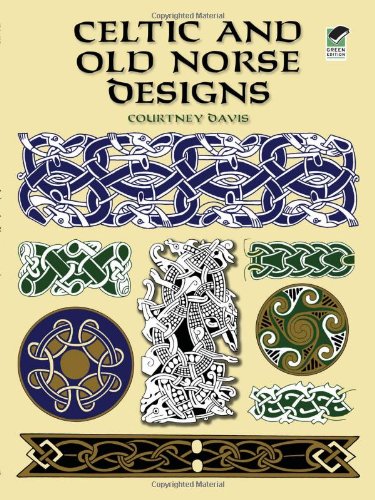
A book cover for Celtic and Old Norse Designs (Dover Pictorial Archive); Courtney Davis; Arts & Photography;